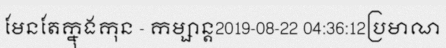
មែនតែក្នុងកុន - កម្សាន្ត2019-08-22 04:36:12ប្រមាណ